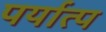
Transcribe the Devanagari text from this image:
पर्यात्प